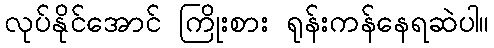
လုပ်နိုင်အောင် ကြိုးစား ရုန်းကန်နေရဆဲပါ။